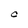
Character: C